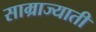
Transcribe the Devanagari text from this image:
साम्राज्याती